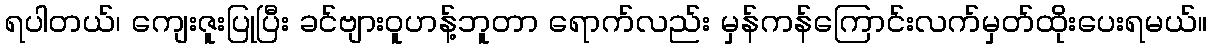
ရပါတယ်၊ ကျေးဇူးပြုပြီး ခင်ဗျားဝူဟန့်ဘူတာ ရောက်လည်း မှန်ကန်ကြောင်းလက်မှတ်ထိုးပေးရမယ်။